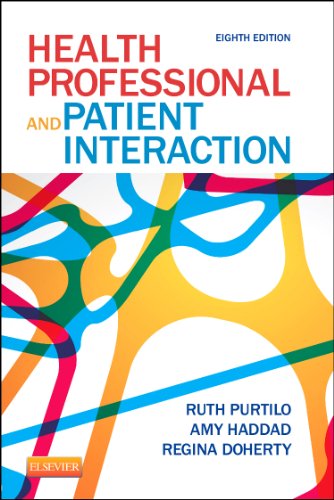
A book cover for Health Professional and Patient Interaction, 8e (Health Professional & Patient Interaction (Purtilo)); Ruth B. Purtilo PhD  FAPTA; Medical Books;